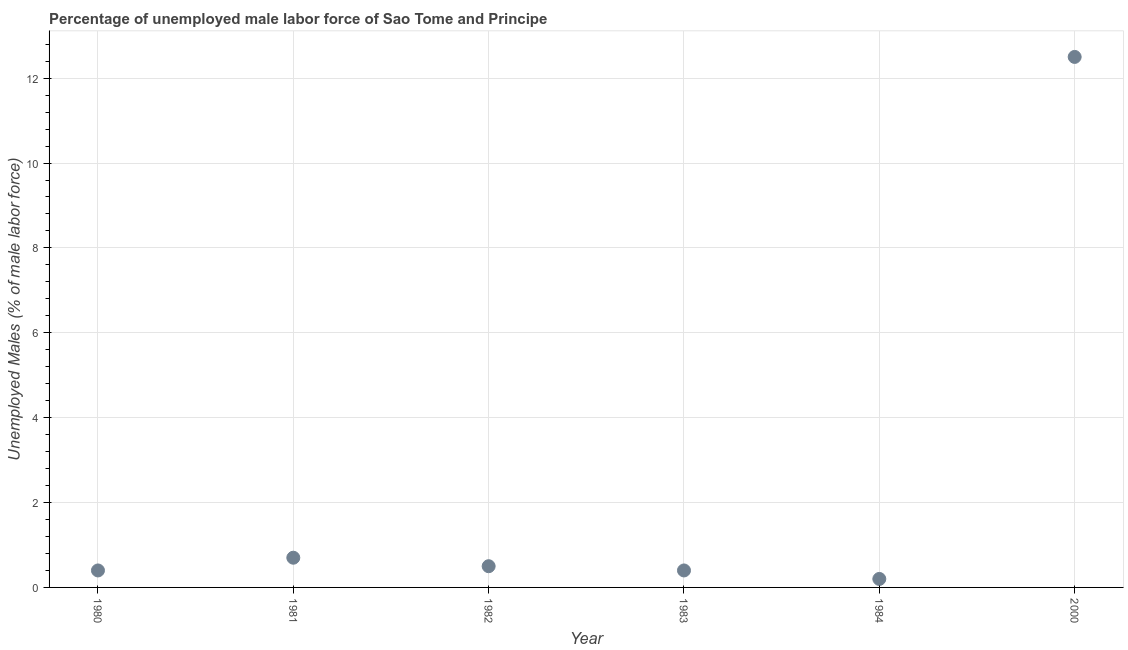
| Year | Unemployment male |
 | --- | --- |
 | 1980 | 0.4 |
 | 1981 | 0.7 |
 | 1982 | 0.5 |
 | 1983 | 0.4 |
 | 1984 | 0.2 |
 | 2000 | 12.5 |